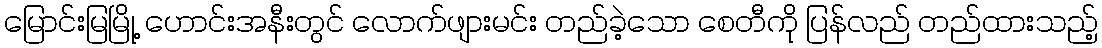
မြောင်းမြမြို့ ဟောင်းအနီးတွင် လောက်ဖျားမင်း တည်ခဲ့သော စေတီကို ပြန်လည် တည်ထားသည့်